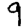
Digit: 9